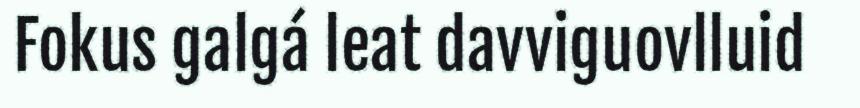
Fokus galgá leat davviguovlluid